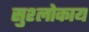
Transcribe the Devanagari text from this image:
सुश्लोकाय